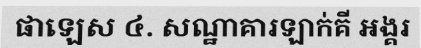
ផាឡេស ៤. សណ្ឋាគារឡាក់គី អង្គរ